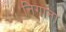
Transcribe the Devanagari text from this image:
निगाना